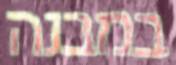
במבנה